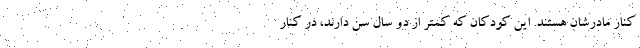
کنار مادرشان هستند. این کودکان که کمتر از دو سال سن دارند، در کنار